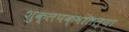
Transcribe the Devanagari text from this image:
शुक्लपक्षातल्या